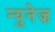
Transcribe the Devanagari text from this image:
न्युनेज़